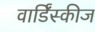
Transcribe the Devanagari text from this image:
वार्डिंस्कीज